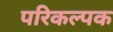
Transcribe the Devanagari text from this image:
परिकल्पक